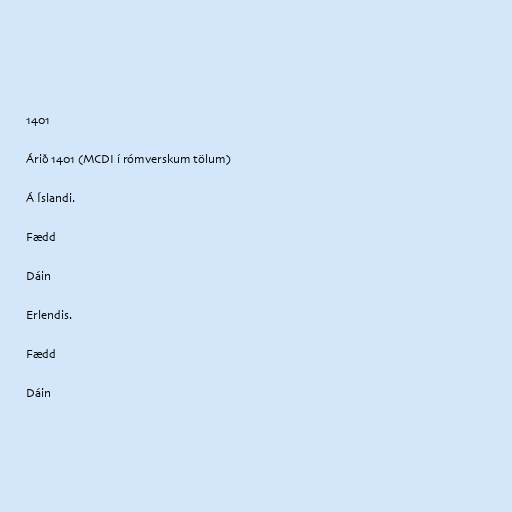
1401

Árið 1401 (MCDI í rómverskum tölum)

Á Íslandi.

Fædd

Dáin

Erlendis.

Fædd

Dáin